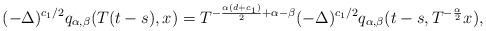
LaTeX: \begin{align*} (-\Delta)^{{c_1}/2}q_{\alpha,\beta}(T(t-s),x)=T^{-\frac{\alpha(d+{c_1})}{2}+\alpha-\beta}(-\Delta)^{{c_1}/2}q_{\alpha,\beta}(t-s,T^{-\frac{\alpha}{2}}x),\end{align*}